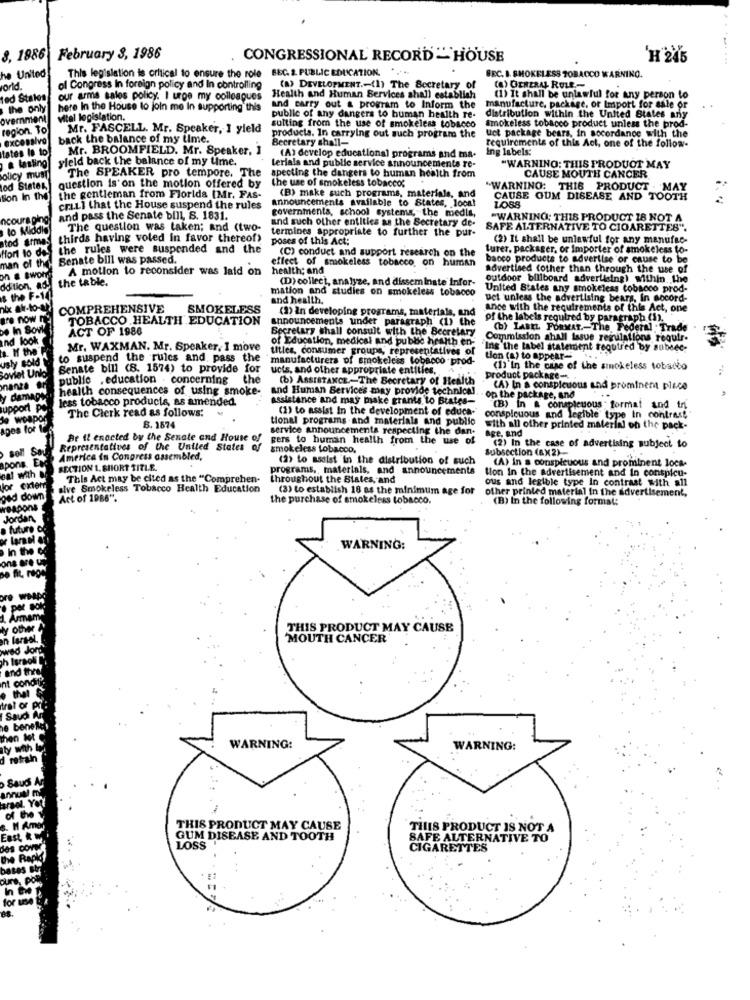
8. 1986
February 3, 1986
CONGRESSIONAL RECORD HOUSE
This legislation is critical to ensure the role BEC. 2. PUBLIC EDUCATION. ....
he United
BEC. I. SMOKELESS TOBACCO WARNING.
Ford
l Congress In foreign policy and In controlling
(a) DEVELOPMENT .- (1) The Secretary of
(8) GENERAL RULE-
ted Stalos
our arme sales policy. I urge my colleagues
Health and Human Services shall establish
(1) It shall be unlawful for any person to
the only
here In the House to join me In supporting this
and carry out & program to Inform the
manufacture. package, or Import for sale or
overnmen
vitel legislation.
public of any dangers to human health re-
distribution within the United States any
region. To
Mr. FASCELL. Mr. Speaker, I yield
sulting from the use of smokeless tobacco
smokeless tobacco product unless the prod-
uct package bears, in accordance with the
excessivo
back the balance of my ume.
products. In carrying out such program the
Secretary shall-
tates Is to
Mr. BROOMFIELD. Mr. Speaker, 1
requirements of this Act, one of the follow-
ing labels:
yield back the balance of my time.
(A) develop educational programs and ma-
& fasling
The SPEAKER pro tempore. The
Lerials and public service announcementa re-
"WARNING: THIS PRODUCT MAY
Policy must
apecting the dangers to human health from
the use of smokeless tobacco;
CAUSE MOUTH CANCER
lod States.
question is on the motion offered by
.WARNING: THIS PRODUCT . MAY
tion In the
the gentleman from Florida [Mr. FAS-
Announcements available to States, local
(B) make such programs, materials, and
CAUSE GUM DISEASE AND TOOTH
...
criLl that the House suspend the rules
governments, school systems," the media,
and pass the Senate bill, S. 1831.
and such other entities as the Secretary de-
"WARNING: THIS PRODUCT 18 NOT A
to Middle
The question was taken; and (two-
termines appropriate to further the pur-
SAFE ALTERNATIVE TO CIGARETTES".
d armes
thirds having voted in favor thereof>
poses of this Act;
(2) It shall be unlawful for any manufac-
Hort to do-
the rules were suspended and the
(C) conduct and support research on the
turer. packager, or Importer of smokeless to-
of the
Senate bill was passed.
effect of smokeless tobacco, on human
bacco products to advertise or cause to be
A motion to reconsider was laid on
health; and
advertised (other than through the use of
on & &wohn
the table.
(D) collect, analyze, and disseminate infor-
outdoor billboard advertising) within the
ddition, ad-
mation and studies on smokeless tobacco
United States any smokeless tobacco prod-
the F-1
and health.
Uet unless the advertising bears, in accord-
COMPREHENSIVE
SMOKELESS
(2) In developing programs, materials, and
ance with the requirements of this Act, one
TOBACCO HEALTH EDUCATION
announcements under paragraph (1) the
of the labels required by paragraph (1).
ACT OF 1986
Secretary shall consult with the Secretary
(b) LABEL FORMAT .- The Federal Trade
of Education, medical and pubbe health en-
on ahall Issue regulations requir.
Mr. WAXMAN. Mr. Speaker, I move
titles, consumer groups, representatives of
"Ins the tabel statement required by subsec-
to suspend the rules and pass the
manufacturers of smokeless tobacco prod-
tion (a) to appear-
Senate bill (8. 1574) to provide for
ucts, and other appropriate entities,
(1)'In the case of the smokeless tobacco
public .education . concerning
the
(b) ASSISTANCE-The Secretary of Health
Product package -.
health consequences of using smoke-
and Human Services may provide technical.
(A) In a conspicuous and prominent place
assistance and may make grants to States-
op the package, and
less tobacco products, as amended.
The Clerk read as follows:
(2) to assist In the development of educa-
(B) in a conspicuous : format and in
tional programs and materials and public
conspicuous and legible type in contrast
B. 1574
service announcementa respecting the dan-
with all other printed material on the pack-
age, and
Be it enacted by the Senate and House of
gers to human health from the use of
(2) In the case of advertising subject to
Representatives of the United States of
smokeless tobacco,
Subsection (ax2)
America in Congress assembled,
(2) to assist in the distribution of such
(A) in s conspicuous and prominent loca-
SECTION 1. SHORT TITLE.
programs, materials, and announcements
tion In the advertisement and in conspicu-
This Act may be cited as the "Comprehen-
throughout the States, and
ous and legible type In contrast with all
sive Smokeless Tobacco Health Education
(3) to establish 18 as the minimum age for
other printed material in the advertisement,
Act of 1986".
the purchase of smokeless tobacco.
(B) In the following format:
WARNING:
THIS PRODUCT MAY CAUSE
'MOUTH CANCER'
WARNING:
WARNING:
THIS PRODUCT MAY CAUSE
THIS PRODUCT IS NOT A
GUM DISEASE AND TOOTH
SAFE ALTERNATIVE TO
LOSS
CIGARETTES